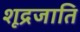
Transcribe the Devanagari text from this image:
शूद्रजाति